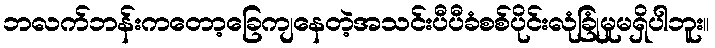
ဘလက်ဘန်းကတော့ခြေကျနေတဲ့အသင်းပီပီခံစစ်ပိုင်းလုံခြုံမှုမရှိပါဘူး။